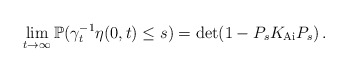
\begin{align*}\lim_{t \to \infty} \mathbb{P}(\gamma_t^{-1}\eta(0,t) \leq s) = \det (1 - P_s K_{\mathrm{Ai}} P_s)\,.\end{align*}